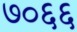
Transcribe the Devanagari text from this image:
७०६६